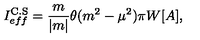
I _ { e f f } ^ { \mathrm { C . S } } = \frac { m } { | m | } \theta ( m ^ { 2 } - \mu ^ { 2 } ) \pi W [ A ] ,